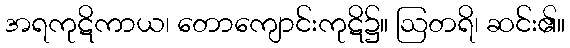
အရကုဋိကာယ၊ တောကျောင်းကုဋိ၌။ ဩတရိ၊ ဆင်း၏။